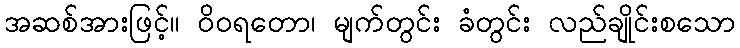
အဆစ်အားဖြင့်။ ဝိဝရတော၊ မျက်တွင်း ခံတွင်း လည်ချိုင်းစသော